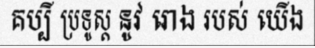
គប្បី ប្រទូស្ត នូវ រោង របស់ យើង